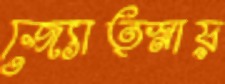
জ্যোত্স্নায়